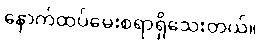
နောက်ထပ်မေးစရာရှိသေးတယ်။